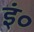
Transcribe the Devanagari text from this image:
इं०